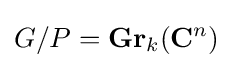
G/P=\mathbf {Gr} _{k}(\mathbf {C} ^{n})